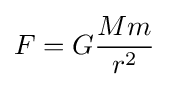
F=G{\frac {Mm}{r^{2}}}